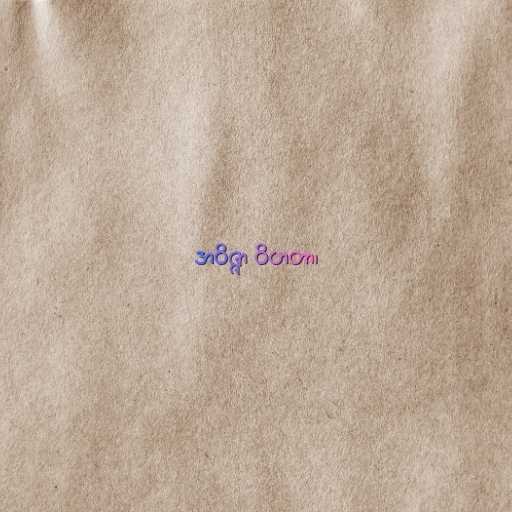
အဝိဇ္ဇာ ဝိဟတာ၊